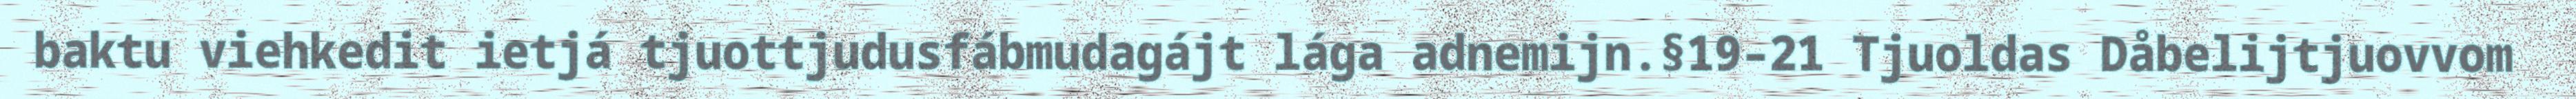
baktu viehkedit ietjá tjuottjudusfábmudagájt lága adnemijn.§19–21 Tjuoldas Dåbelijtjuovvom